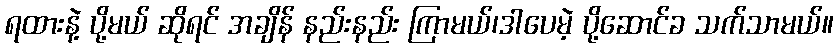
ရထားနဲ့ ပို့မယ် ဆိုရင် အချိန် နည်းနည်း ကြာမယ်၊ဒါပေမဲ့ ပို့ဆောင်ခ သက်သာမယ်။